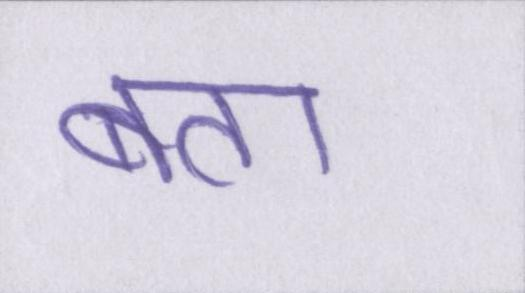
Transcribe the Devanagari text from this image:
बता